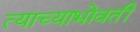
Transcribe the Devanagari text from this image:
त्याच्याभोवतीं